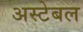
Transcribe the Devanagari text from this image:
अस्टेबल